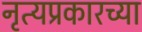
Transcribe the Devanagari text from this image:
नृत्यप्रकारच्या